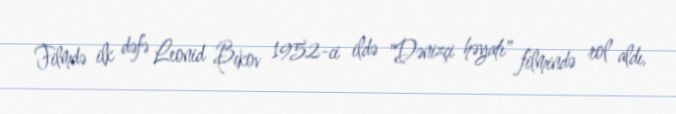
Filmdə ilk dəfə Leonid Bıkov 1952-ci ildə "Dənizçi həyatı" filmində rol aldı,